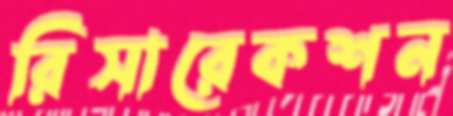
রিসারেকশন